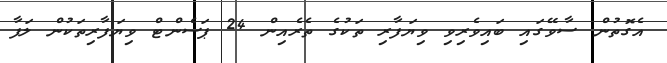
އެގޮތުން ސާވޭގައި ބައިވެރިވި ވިޔަފާރި ތަކުގެ ތެރެއިން 24 ޕަސެންޓް ވިޔަފާރިތަކުން ލަފާ